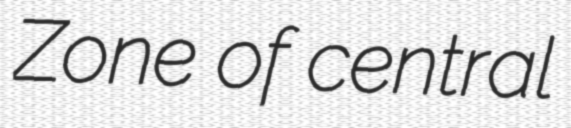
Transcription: Zone of central